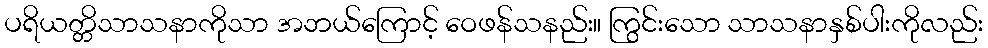
ပရိယတ္တိသာသနာကိုသာ အဘယ်ကြောင့် ဝေဖန်သနည်း။ ကြွင်းသော သာသနာနှစ်ပါးကိုလည်း